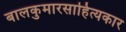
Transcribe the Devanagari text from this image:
बालकुमारसाहित्यकार